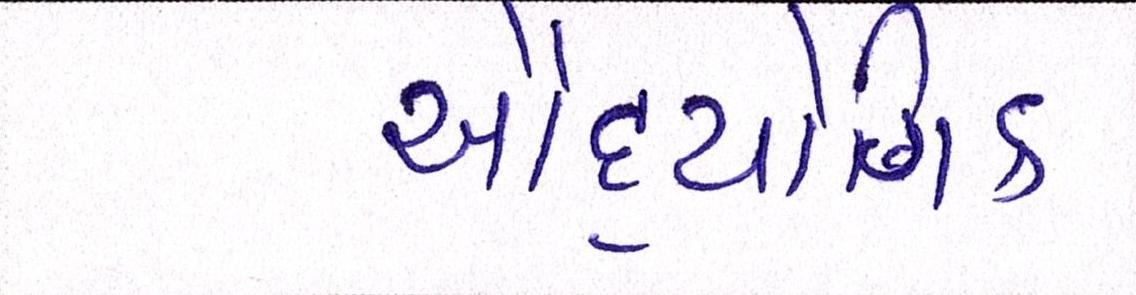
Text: ઔદ્યોગિક